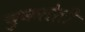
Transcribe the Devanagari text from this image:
चुकलेली